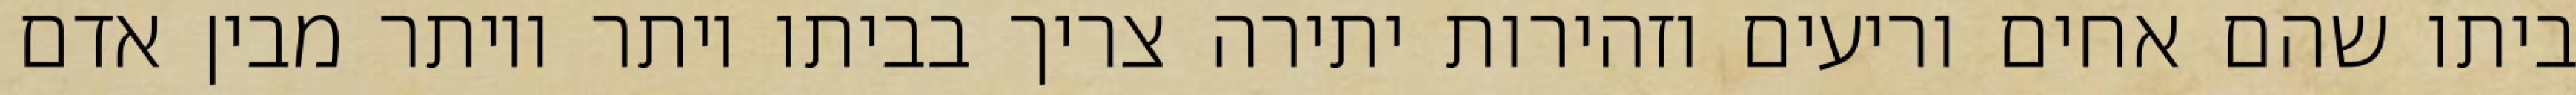
ביתו שהם אחים וריעים וזהירות יתירה צריך בביתו יותר ויותר מבין אדם